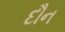
દૌન